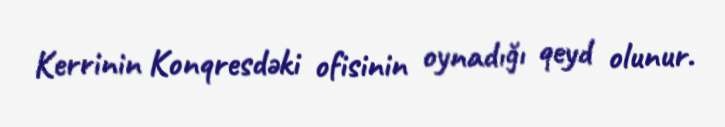
Kerrinin Konqresdəki ofisinin oynadığı qeyd olunur.